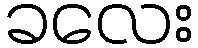
ခလေး